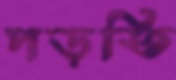
পড়তি